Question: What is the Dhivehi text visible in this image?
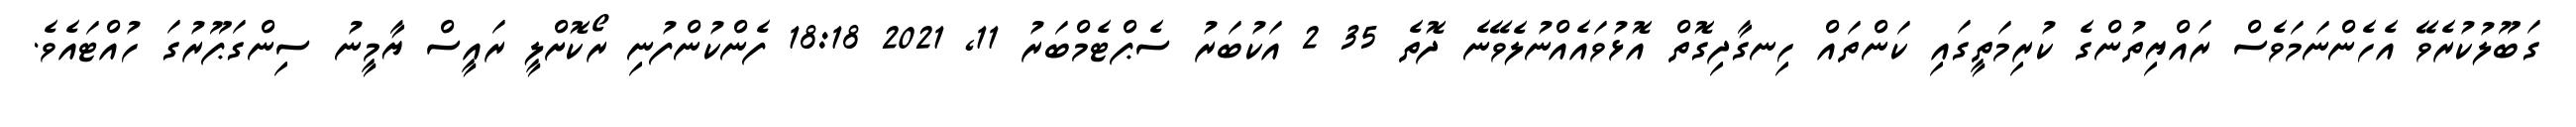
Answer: ގަބޫލުކުރެވޭ އެހެންނަމަވެސް ރައްޔިތުންގެ ކުރިމަތީގައި ކަންތައް ހިނގާދިގޮތް އޮޅުވައެއްނުލެވޭނެ ދޮތެ 35 2 އަކުބަރު ސެޕްޓެމްބަރު 11, 2021 18:18 ފެންކުންފުނި ރޯކޮށްލީ ރައީސް ޔާމީނު ސިންގަޕޫރުގަ ހުއްޓައެވެ.